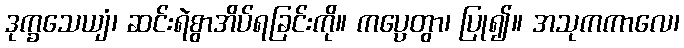
ဒုက္ခသေယျံ၊ ဆင်းရဲစွာအိပ်ရခြင်းကို။ ကပ္ပေတွာ၊ ပြု၍။ အသုကကာလေ၊